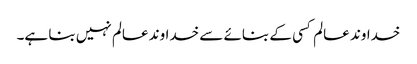
خداوند عالم کسی کے بنائے سے خداوند عالم نہیں بنا ہے۔